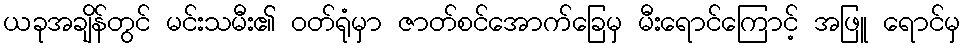
ယခုအချိန်တွင် မင်းသမီး၏ ဝတ်ရုံမှာ ဇာတ်စင်အောက်ခြေမှ မီးရောင်ကြောင့် အဖြူ ရောင်မှ